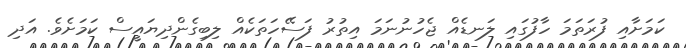
ކަމަށާއި ފުރަތަމަ ހާފުގައި ލަނޑެއް ޖެހުނުނަމަ އިތުރު ފަސޭހަތަކެއް ލިބިގެންދިޔައީސް ކަމަށެވެ. އަދި